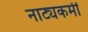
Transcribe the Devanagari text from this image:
नाट्यकर्मीं